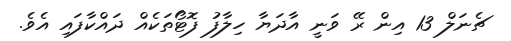
ޗެނަލް 13 އިން ރޭ ވަނީ އާދަޔާ ހިލާފު ފޮޓޯތަކެއް ދައްކާފައި އެވެ.